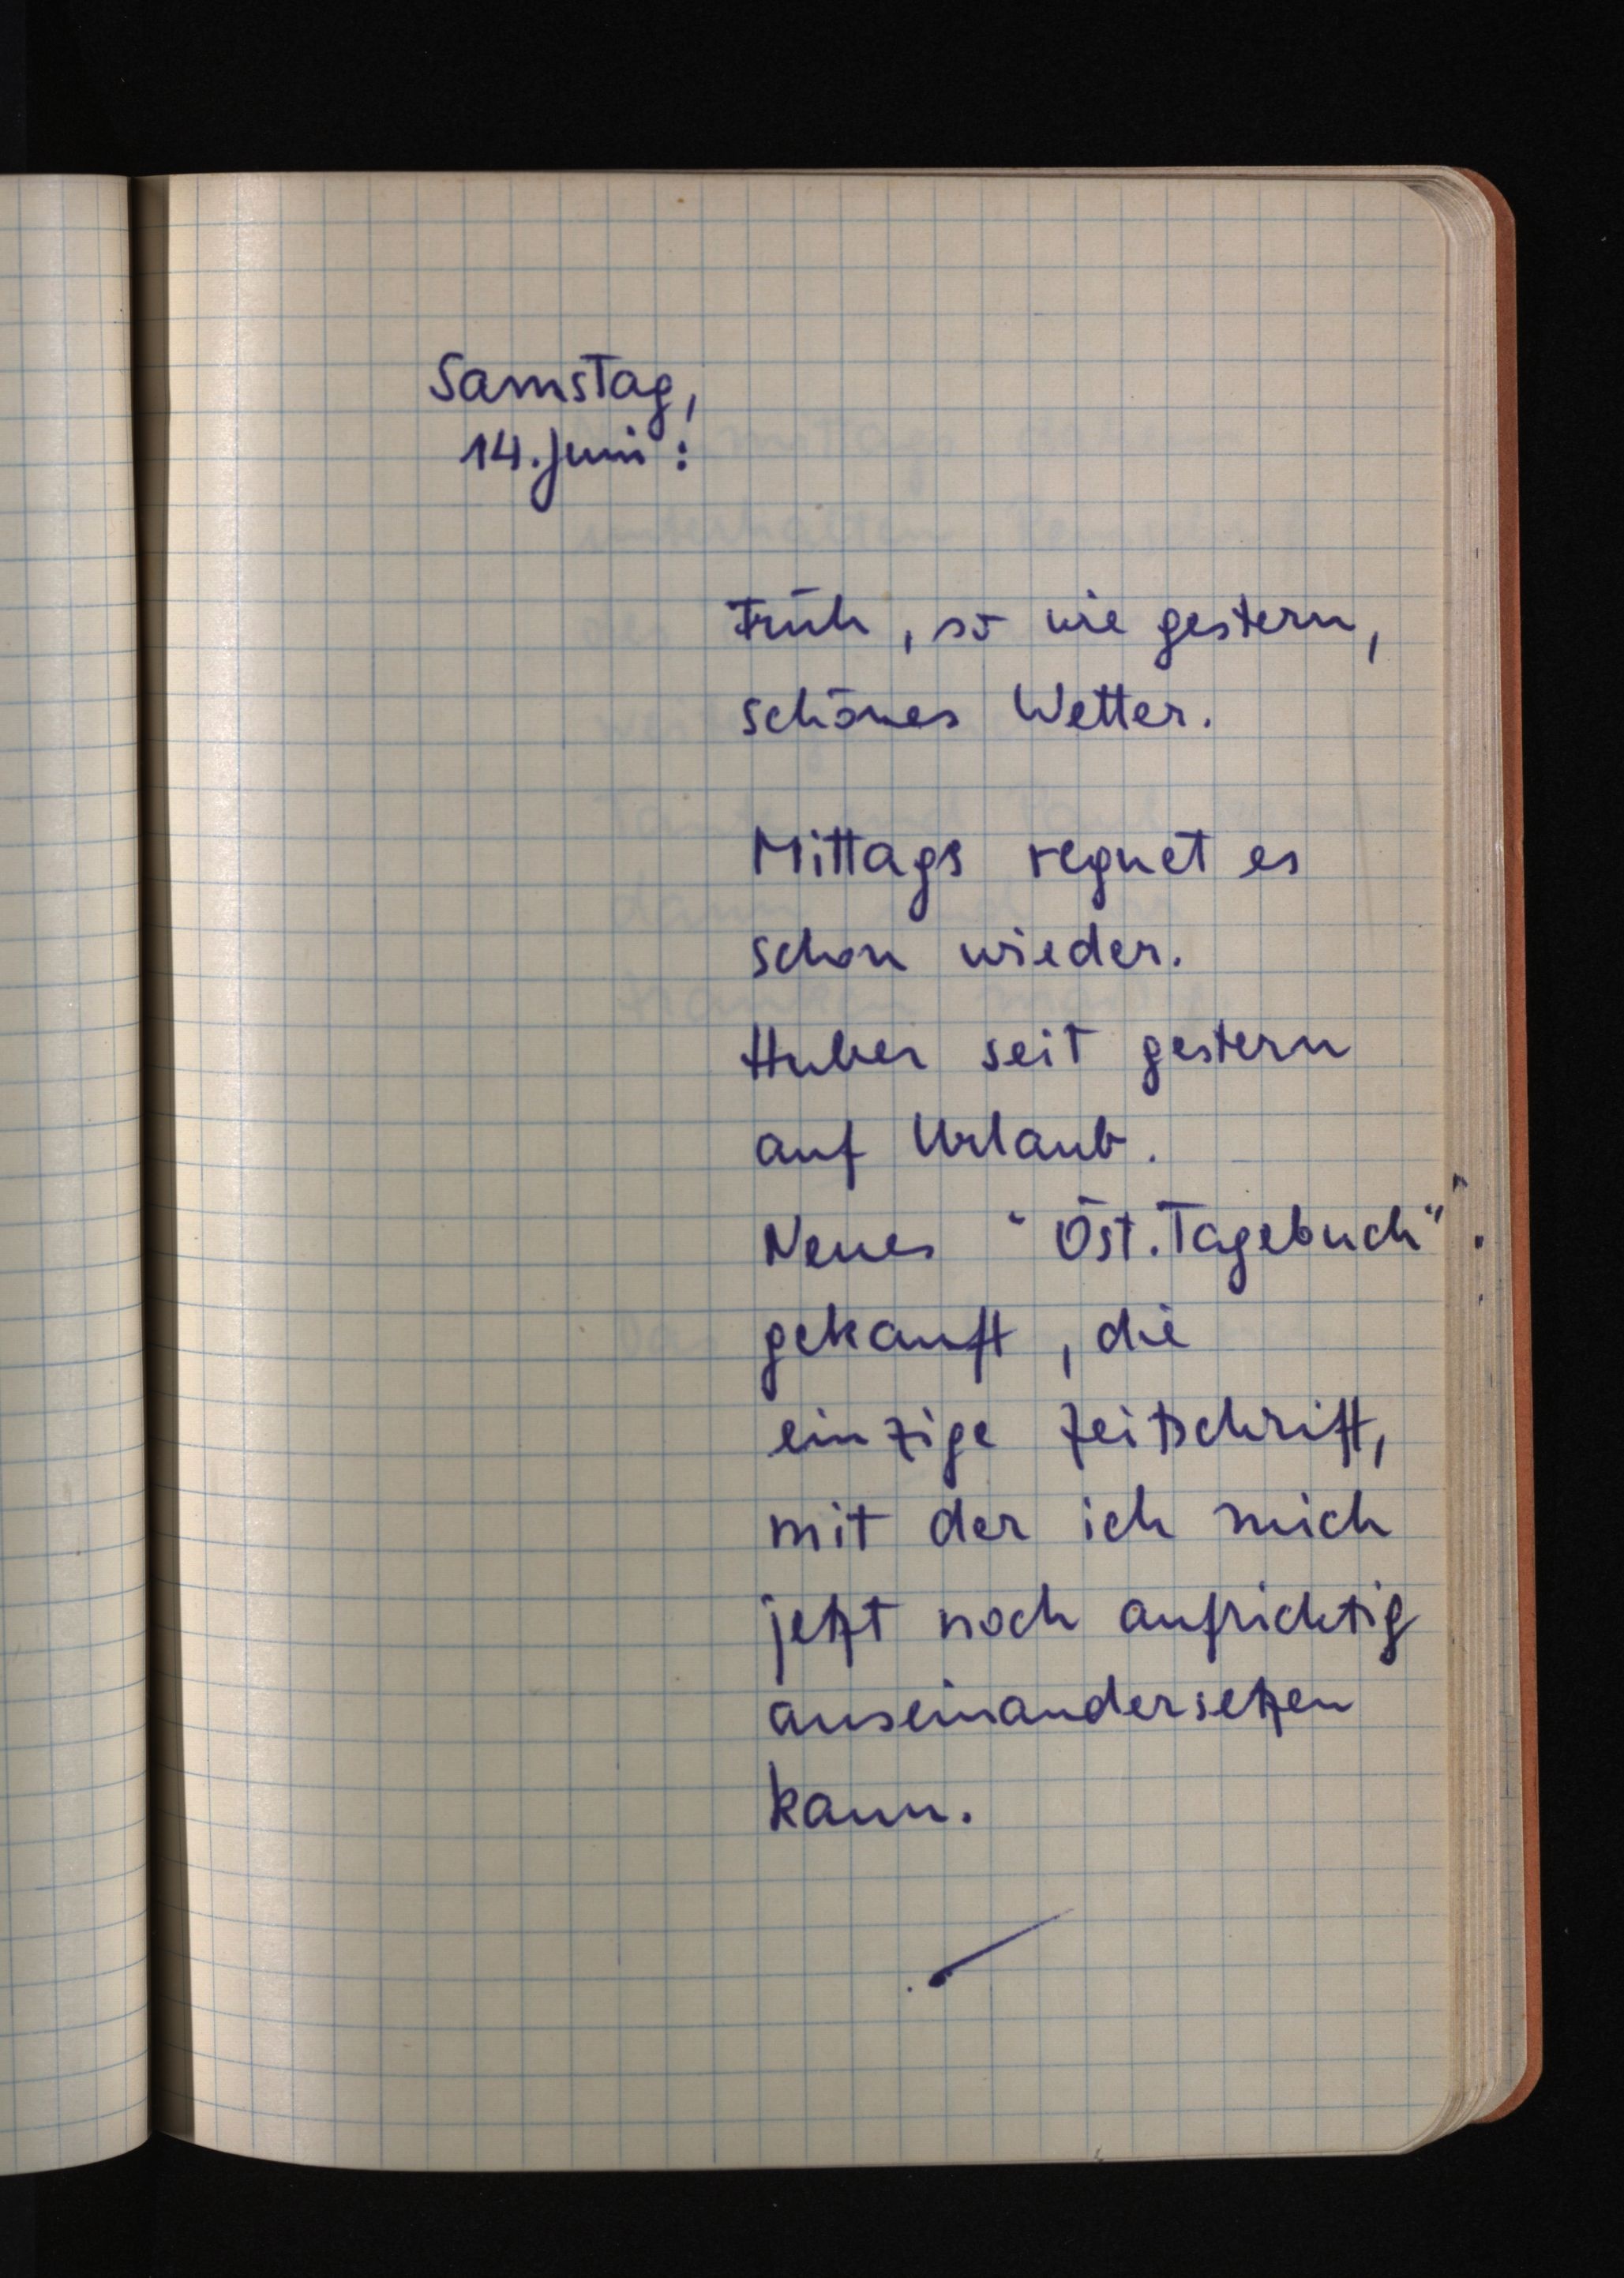
Samstag,
14. Juni:
Früh, so wie gestern,
schönes Wetter.
Mittags regnet es
schon wieder.
Huber seit gestern
auf Urlaub.
Neues "Öst. Tagebuch"
gekauft, die
einzige Zeitschrift,
mit der ich mich
jetzt noch aufrichtig
auseinandersetzen
kann.